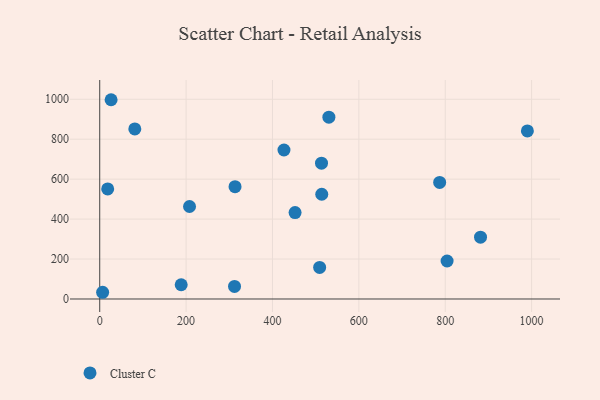
{"axis": {"x": "Speed", "y": "Salary"}, "legend": ["Cluster C"], "data": [{"x": "313.3", "y": 562.4, "type": "Cluster C"}, {"x": "787.1", "y": 583.4, "type": "Cluster C"}, {"x": "18.4", "y": 551.2, "type": "Cluster C"}, {"x": "990.2", "y": 841.6, "type": "Cluster C"}, {"x": "6.7", "y": 33.6, "type": "Cluster C"}, {"x": "426.6", "y": 746.0, "type": "Cluster C"}, {"x": "452.3", "y": 432.9, "type": "Cluster C"}, {"x": "514.1", "y": 524.3, "type": "Cluster C"}, {"x": "513.5", "y": 680.2, "type": "Cluster C"}, {"x": "26.3", "y": 997.7, "type": "Cluster C"}, {"x": "81.2", "y": 851.4, "type": "Cluster C"}, {"x": "509.2", "y": 158.0, "type": "Cluster C"}, {"x": "312.1", "y": 62.8, "type": "Cluster C"}, {"x": "804.3", "y": 190.3, "type": "Cluster C"}, {"x": "530.6", "y": 910.3, "type": "Cluster C"}, {"x": "188.6", "y": 71.3, "type": "Cluster C"}, {"x": "881.7", "y": 309.3, "type": "Cluster C"}, {"x": "207.9", "y": 463.2, "type": "Cluster C"}]}